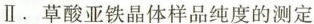
Ⅱ . 草酸亚铁晶体样品纯度的测定